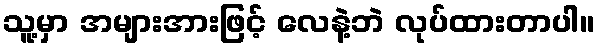
သူ့မှာ အများအားဖြင့် လေနဲ့ဘဲ လုပ်ထားတာပါ။